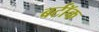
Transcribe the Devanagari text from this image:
बर्टॉक